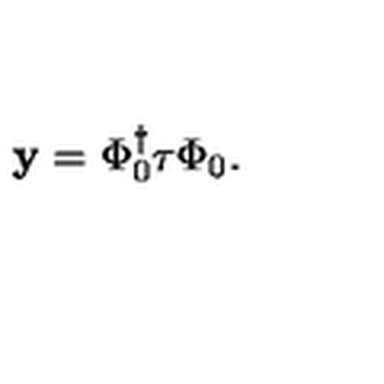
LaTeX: { \bf y } = \Phi _ { 0 } ^ { \dagger } \mathrm { \boldmath \tau } \Phi _ { 0 } .